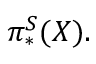
\pi _ { * } ^ { S } ( X ) .